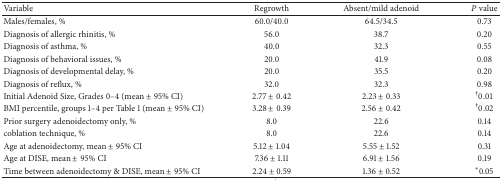
| Variable | Regrowth | Absent/mild adenoid | P value |
 | --- | --- | --- | --- |
 | Males/females, % | 60.0/40.0 | 64.5/34.5 | 0.73 |
 | Diagnosis of allergic rhinitis, % | 56.0 | 38.7 | 0.20 |
 | Diagnosis of asthma, % | 40.0 | 32.3 | 0.55 |
 | Diagnosis of behavioral issues, % | 20.0 | 41.9 | 0.08 |
 | Diagnosis of developmental delay, % | 20.0 | 35.5 | 0.20 |
 | Diagnosis of reflux, % | 32.0 | 32.3 | 0.98 |
 | Initial Adenoid Size, Grades 0–4 (mean ± 95% CI) | 2.77 ± 0.42 | 2.23 ± 0.33 | †0.01 |
 | BMI percentile, groups 1–4 per Table 1 (mean ± 95% CI) | 3.28 ± 0.39 | 2.56 ± 0.42 | †0.02 |
 | Prior surgery adenoidectomy only, % | 8.0 | 22.6 | 0.14 |
 | coblation technique, % | 8.0 | 22.6 | 0.14 |
 | Age at adenoidectomy, mean ± 95% CI | 5.12 ± 1.04 | 5.55 ± 1.52 | 0.31 |
 | Age at DISE, mean ± 95% CI | 7.36 ± 1.11 | 6.91 ± 1.56 | 0.19 |
 | Time between adenoidectomy & DISE, mean ± 95% CI | 2.24 ± 0.59 | 1.36 ± 0.52 | ∗0.05 |